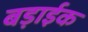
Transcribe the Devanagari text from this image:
बड़ाईक